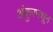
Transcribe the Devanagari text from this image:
अंकुरमधून